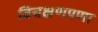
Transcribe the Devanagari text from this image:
विचक्षणपणा